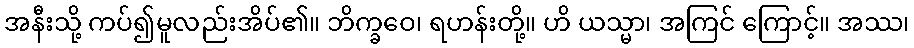
အနီးသို့ ကပ်၍မူလည်းအိပ်၏။ ဘိက္ခဝေ၊ ရဟန်းတို့။ ဟိ ယသ္မာ၊ အကြင် ကြောင့်။ အဿ၊